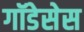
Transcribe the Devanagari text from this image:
गॉडेसेस